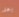
بعد